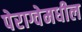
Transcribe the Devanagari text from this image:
पेराग्वेमधील